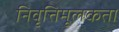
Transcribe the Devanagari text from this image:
निवृत्तिमूलकता